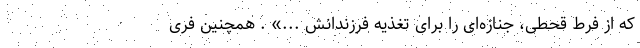
که از فرط قحطی، جنازه‌ای را برای تغذیه فرزندانش ...» . همچنین فری